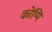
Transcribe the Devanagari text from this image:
कोप्पि